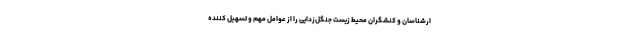
ارشناسان و کنشگران محیط زیست جنگل‌زدایی را از عوامل مهم و تسهیل کننده